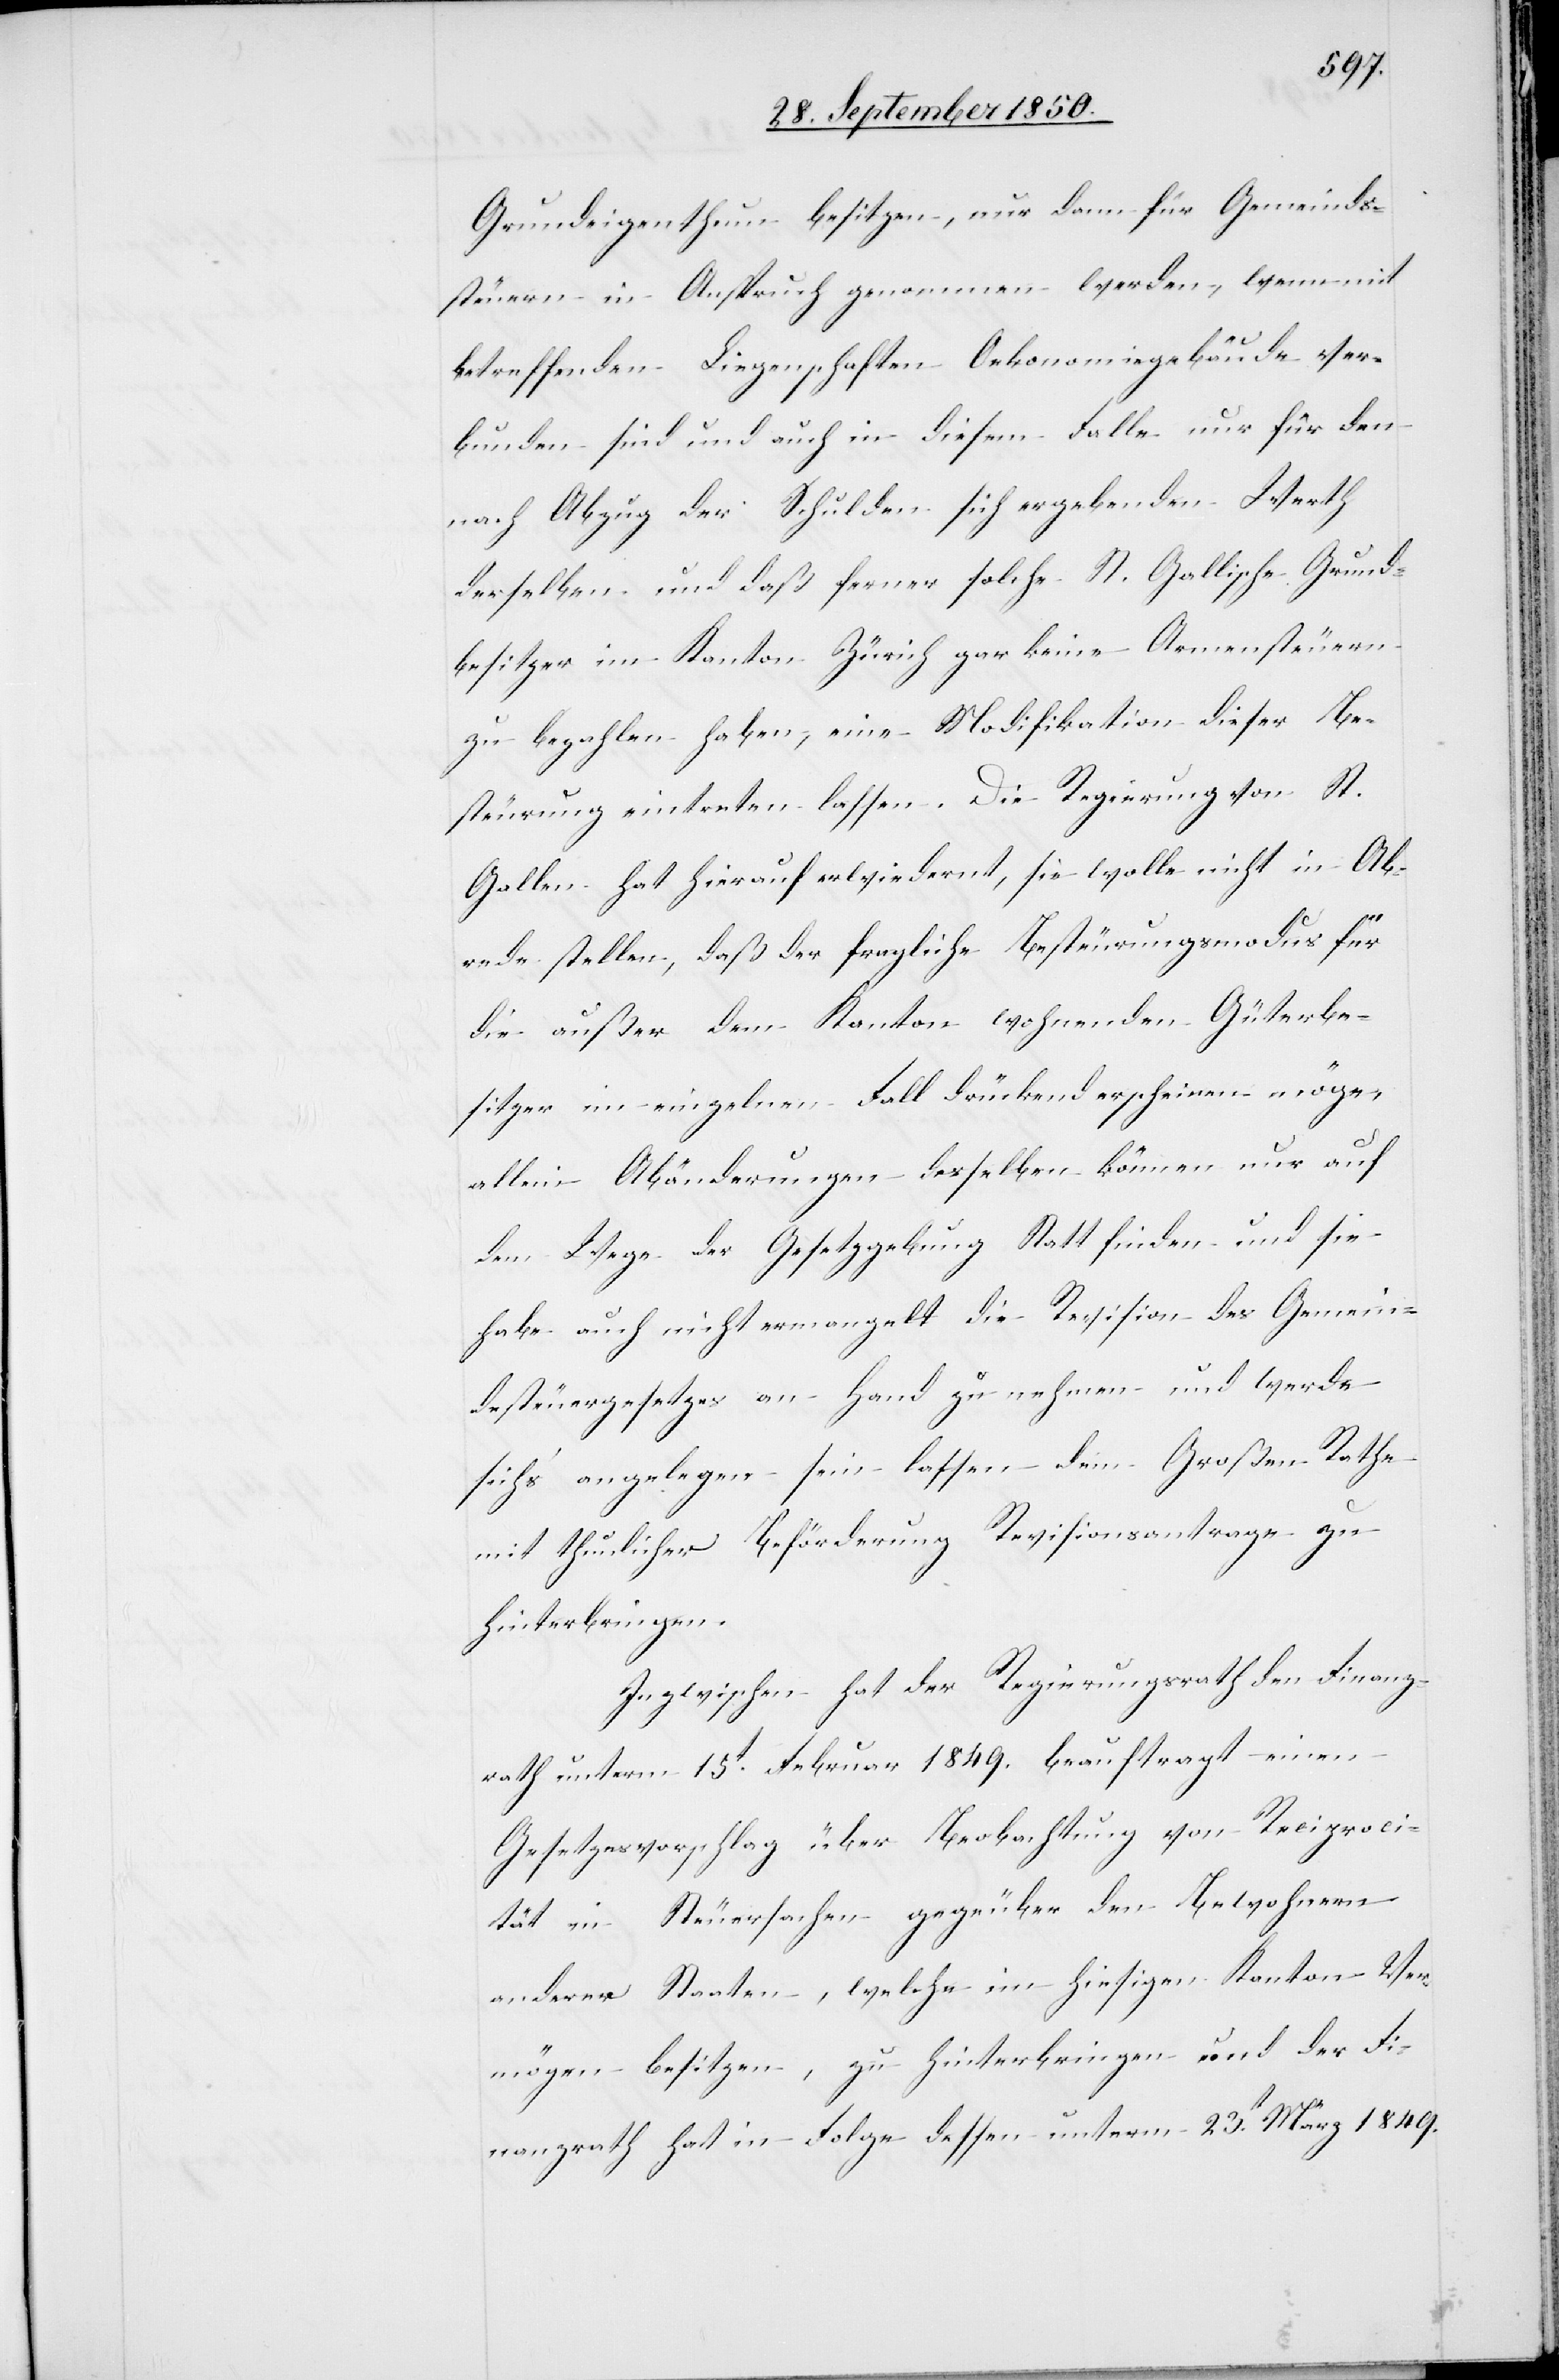
Grundeigenthum besitzen, nur dann für Gemeinds¬
steuern in Anspruch genommen werden, wenn mit
betreffenden Liegenschaften Oekonomiegebäude ver¬
bunden sind und auch in diesem Falle nur für den
nach Abzug der Schulden sich ergebenden Werth
derselben und daß ferner solche St. Gallische Grund¬
besitzer im Kanton Zürich gar keine Armensteuern
zu bezahlen haben, eine Modifikation dieser Be¬
steurung eintreten lassen. Die Regierung von St.
Gallen hat hierauf erwiedernt [recte: erwiedert], sie wolle
Abrede stellen, daß der fragliche Besteurungsmodus für
die außer dem Kanton wohnenden Güterbe¬
sitzer im einzelnen Fall drückend erscheinen möge,
allein Abänderungen desselben können nur auf
dem Wege der Gesetzgebung Statt finden und sie
habe auch nicht ermangelt die Revision des Gemein¬
desteuergesetzes an Hand zu nehmen und werde
sich’s angelegen sein lassen dem Großen Rathe
mit thunlicher Beförderung Revisionsantrage zu
hinterbringen.
Inzwischen hat der Regierungsrath den Finanz¬
rath unterm 15t Februar 1849. beauftragt einen
Gesetzesvorschlag über Beobachtung von Reciproci¬
tät in Steuersachen gege[n]über den Bewohnern
anderer Staaten, welche im hiesigen Kanton Ver¬
mögen besitzen, zu hinterbringen und der Fi¬
nanzrath hat in Folge dessen unterm 23t März 1849.